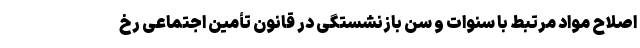
اصلاح مواد مرتبط با سنوات و سن بازنشستگی در قانون تأمین اجتماعی رخ